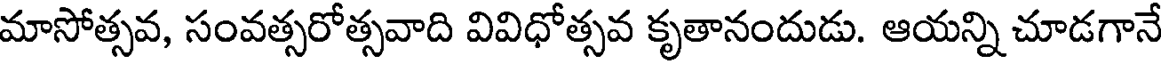
మాసోత్సవ, సంవత్సరోత్సవాది వివిధోత్సవ కృతానందుడు. ఆయన్ని చూడగానే